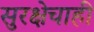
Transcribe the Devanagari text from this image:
सुरक्षेचाही